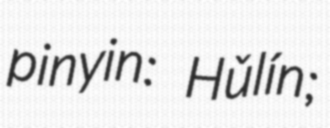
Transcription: pinyin: Hǔlín;